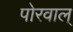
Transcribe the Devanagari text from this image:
पोरवाल्